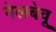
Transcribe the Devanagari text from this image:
नेलबेवू